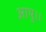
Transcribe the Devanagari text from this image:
आपु।।